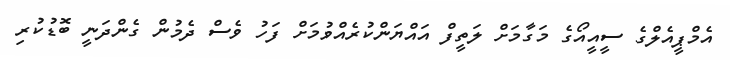
އެމްޕީއެލްގެ ސީއީއޯގެ މަގާމަށް ލަތީފް އައްޔަންކުރެއްވުމަށް ފަހު ވެސް ދެމުން ގެންދަނީ ބޮޑުކުރި